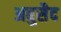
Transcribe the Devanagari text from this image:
अबुसैद